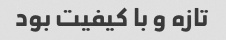
تازه و با کیفیت بود